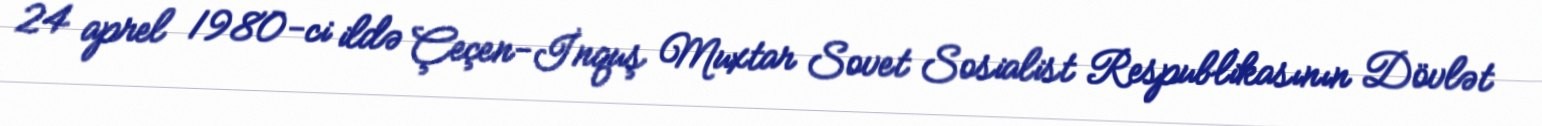
24 aprel 1980-ci ildə Çeçen-İnquş Muxtar Sovet Sosialist Respublikasının Dövlət